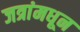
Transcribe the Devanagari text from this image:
जत्रांमधून